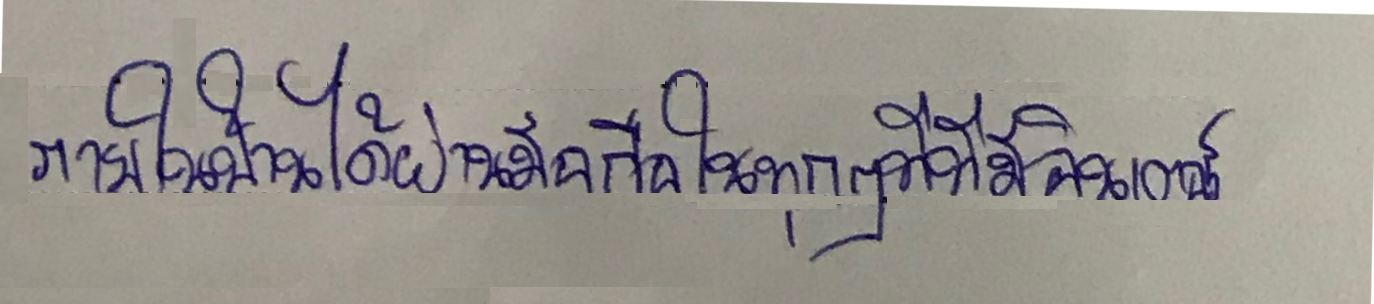
ภายในบ้านผ่านมือถือในทุกๆที่ที่มีอินเตอร์